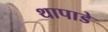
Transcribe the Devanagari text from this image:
थापाडे